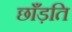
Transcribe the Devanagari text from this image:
छाँड़ति